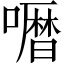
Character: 𱕅